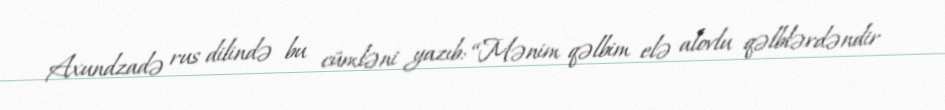
Axundzadə rus dilində bu cümləni yazıb: “Mənim qəlbim elə alovlu qəlblərdəndir